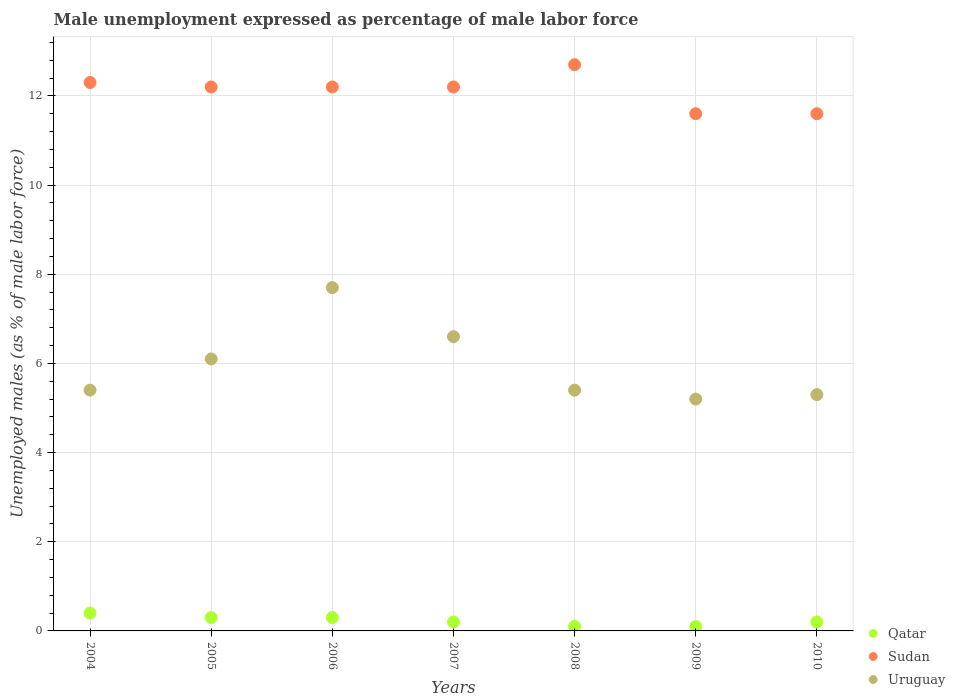
| Years | Qatar | Sudan | Uruguay |
 | --- | --- | --- | --- |
 | 2004 | 0.4 | 12.3 | 5.4 |
 | 2005 | 0.3 | 12.2 | 6.1 |
 | 2006 | 0.3 | 12.2 | 7.7 |
 | 2007 | 0.2 | 12.2 | 6.6 |
 | 2008 | 0.1 | 12.7 | 5.4 |
 | 2009 | 0.1 | 11.6 | 5.2 |
 | 2010 | 0.2 | 11.6 | 5.3 |